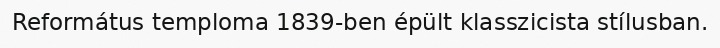
Református temploma 1839-ben épült klasszicista stílusban.